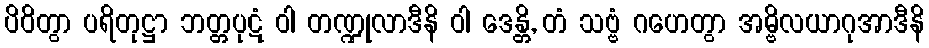
ပိဝိတွာ ပရိတုဋ္ဌာ ဘတ္တပုဋံ ဝါ တဏ္ဍုလာဒီနိ ဝါ ဒေန္တိ, တံ သဗ္ဗံ ဂဟေတွာ အမ္ဗိလယာဂုအာဒီနိ